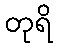
တုရိ